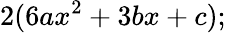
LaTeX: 2(6ax^{2}+3bx+c);